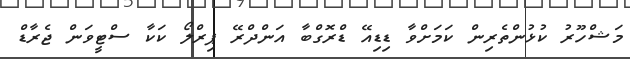
މަޝްހޫރު ކުޅުންތެރިން ކަމަށްވާ ޑިޑިއޭ ޑްރޮގްބާ އަންދްރޭ ޕިރްލޯ ކަކާ ސްޓީވަން ޖެރާޑް